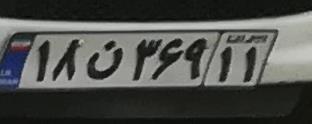
۱۸ن۳۶۹۱۱